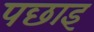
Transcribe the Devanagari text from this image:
पछाइ